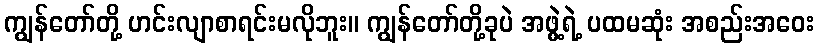
ကျွန်တော်တို့ ဟင်းလျာစာရင်းမလိုဘူး။ ကျွန်တော်တို့ခုပဲ အဖွဲ့ရဲ့ ပထမဆုံး အစည်းအဝေး